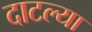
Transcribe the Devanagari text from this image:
दाटल्या